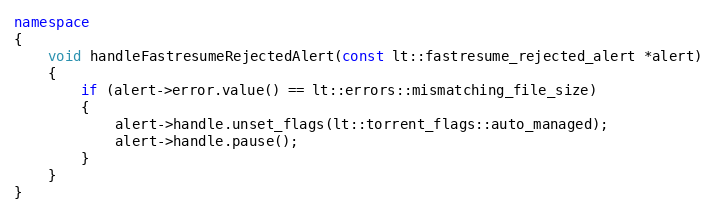
Language: C++
namespace
{
    void handleFastresumeRejectedAlert(const lt::fastresume_rejected_alert *alert)
    {
        if (alert->error.value() == lt::errors::mismatching_file_size)
        {
            alert->handle.unset_flags(lt::torrent_flags::auto_managed);
            alert->handle.pause();
        }
    }
}